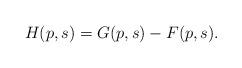
LaTeX: \begin{align*}H(p,s) = G(p,s) - F(p,s).\end{align*}